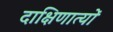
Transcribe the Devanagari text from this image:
दाक्षिणात्यों